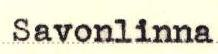
Savonlinna